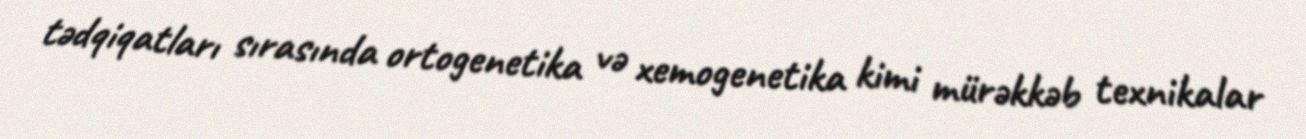
tədqiqatları sırasında ortogenetika və xemogenetika kimi mürəkkəb texnikalar